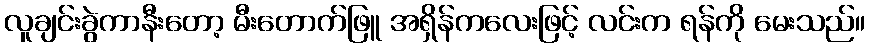
လူချင်းခွဲကာနီးတော့ မီးတောက်ဖြူ အရှိန်ကလေးဖြင့် လင်းက ရန်ကို မေးသည်။